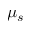
\mu _ { s }